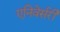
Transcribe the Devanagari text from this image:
एनिवेर्सरी